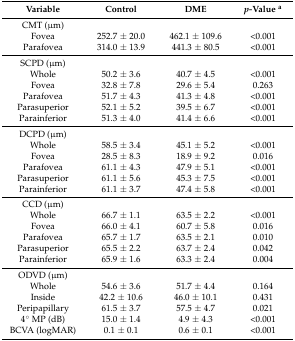
<table><thead><tr><td><b>Variable</b></td><td><b>Control</b></td><td><b>DME</b></td><td><b><i>p-</i>Value <sup>a</sup></b></td></tr></thead><tbody><tr><td>CMT (μm)</td><td></td><td></td><td></td></tr><tr><td>Fovea</td><td>252.7 ± 20.0</td><td>462.1 ± 109.6</td><td>&lt;0.001</td></tr><tr><td>Parafovea</td><td>314.0 ± 13.9</td><td>441.3 ± 80.5</td><td>&lt;0.001</td></tr><tr><td>SCPD (μm)</td><td></td><td></td><td></td></tr><tr><td>Whole</td><td>50.2 ± 3.6</td><td>40.7 ± 4.5</td><td>&lt;0.001</td></tr><tr><td>Fovea</td><td>32.8 ± 7.8</td><td>29.6 ± 5.4</td><td>0.263</td></tr><tr><td>Parafovea</td><td>51.7 ± 4.3</td><td>41.3 ± 4.8</td><td>&lt;0.001</td></tr><tr><td>Parasuperior</td><td>52.1 ± 5.2</td><td>39.5 ± 6.7</td><td>&lt;0.001</td></tr><tr><td>Parainferior</td><td>51.3 ± 4.0</td><td>41.4 ± 6.6</td><td>&lt;0.001</td></tr><tr><td>DCPD (μm)</td><td></td><td></td><td></td></tr><tr><td>Whole</td><td>58.5 ± 3.4</td><td>45.1 ± 5.2</td><td>&lt;0.001</td></tr><tr><td>Fovea</td><td>28.5 ± 8.3</td><td>18.9 ± 9.2</td><td>0.016</td></tr><tr><td>Parafovea</td><td>61.1 ± 4.3</td><td>47.9 ± 5.1</td><td>&lt;0.001</td></tr><tr><td>Parasuperior</td><td>61.1 ± 5.6</td><td>45.3 ± 7.5</td><td>&lt;0.001</td></tr><tr><td>Parainferior</td><td>61.1 ± 3.7</td><td>47.4 ± 5.8</td><td>&lt;0.001</td></tr><tr><td>CCD (μm)</td><td></td><td></td><td></td></tr><tr><td>Whole</td><td>66.7 ± 1.1</td><td>63.5 ± 2.2</td><td>&lt;0.001</td></tr><tr><td>Fovea</td><td>66.0 ± 4.1</td><td>60.7 ± 5.8</td><td>0.016</td></tr><tr><td>Parafovea</td><td>65.7 ± 1.7</td><td>63.5 ± 2.1</td><td>0.010</td></tr><tr><td>Parasuperior</td><td>65.5 ± 2.2</td><td>63.7 ± 2.4</td><td>0.042</td></tr><tr><td>Parainferior</td><td>65.9 ± 1.6</td><td>63.3 ± 2.4</td><td>0.004</td></tr><tr><td>ODVD (μm)</td><td></td><td></td><td></td></tr><tr><td>Whole</td><td>54.6 ± 3.6</td><td>51.7 ± 4.4</td><td>0.164</td></tr><tr><td>Inside</td><td>42.2 ± 10.6</td><td>46.0 ± 10.1</td><td>0.431</td></tr><tr><td>Peripapillary</td><td>61.5 ± 3.7</td><td>57.5 ± 4.7</td><td>0.021</td></tr><tr><td>4° MP (dB)</td><td>15.0 ± 1.4</td><td>4.9 ± 4.3</td><td>&lt;0.001</td></tr><tr><td>BCVA (logMAR)</td><td>0.1 ± 0.1</td><td>0.6 ± 0.1</td><td>&lt;0.001</td></tr></tbody></table>